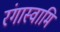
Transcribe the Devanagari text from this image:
रंगास्वामि